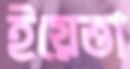
ইয়েত্তা